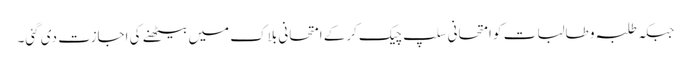
جبکہ طلبہ و طالبات کو امتحانی سلپ چیک کرکے امتحانی بلاک میں بیٹھنے کی اجازت دی گئی۔